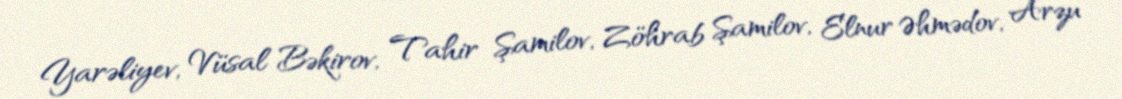
Yarəliyev, Vüsal Bəkirov, Tahir Şamilov, Zöhrab Şamilov, Elnur Əhmədov, Arzu